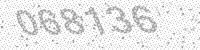
Solution: 068136